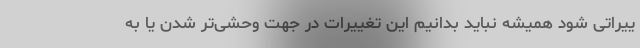
ییراتی شود همیشه نباید بدانیم این تغییرات در جهت وحشی‌تر شدن یا به